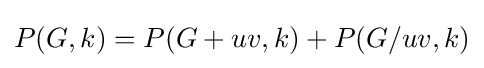
P(G,k)=P(G+uv,k)+P(G/uv,k)